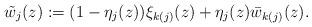
LaTeX: \begin{align*}\tilde{w}_j(z):=(1-\eta_j(z))\xi_{k(j)}(z)+\eta_j(z)\bar{w}_{k(j)}(z).\end{align*}